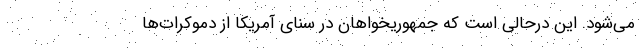
می‌شود. این درحالی است که جمهوریخواهان در سنای آمریکا از دموکرات‌ها